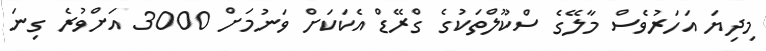
މިދިޔަ އަހަރުވެސް މާލޭގެ ސްކޫލްތަކުގެ ގްރޭޑް އެކަކަށް ވަނުމަށް 3000 އަށްވުރެ ގިނަ